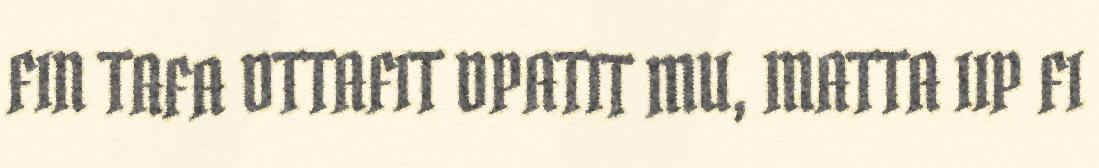
FIN TAFA DTTAFIT DPATIT MU, MATTA IIP FI